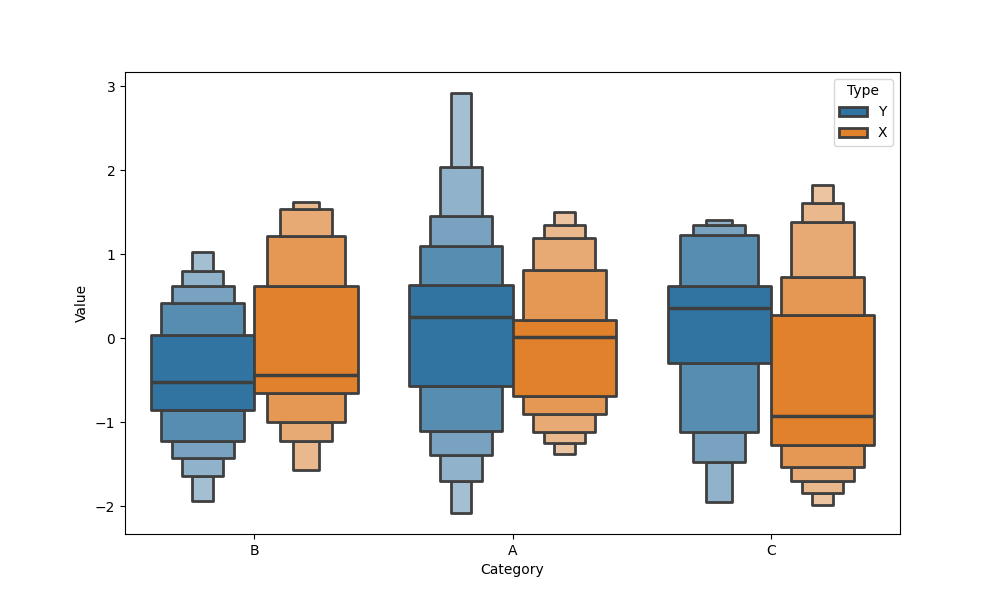
python, seaborn, boxenplot, k_depth='full', linewidth=2, scale='linear', outlier_prop=0.1, showfliers=True